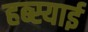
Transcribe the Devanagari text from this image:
हब्स्याई